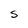
Character: S